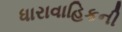
ધારાવાહિકની